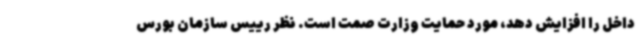
داخل را افزایش دهد، مورد حمایت وزارت صمت است. نظر رییس سازمان بورس